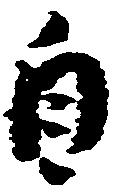
自